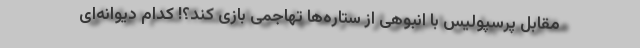
مقابل پرسپولیس با انبوهی از ستاره‌ها تهاجمی بازی کند؟! کدام دیوانه‌ای